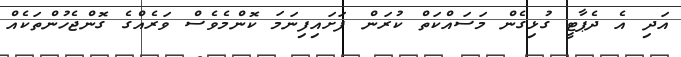
އަދި އެ ދެޕާޓީ ގުޅިގެން މަސައްކަތް ކުރަން ފަށައިފިނަމަ ކޮންމެވެސް ވަރެއްގެ ގޮންޖެހުންތަކެއް